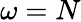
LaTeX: \omega=N